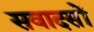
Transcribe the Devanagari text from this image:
सवादसों